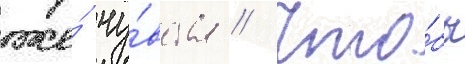
же́ чу́вства // Что́бы